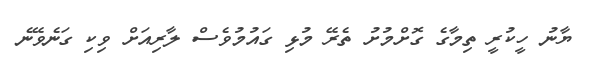
ޔާނު ހީކުރީ ތިމާގެ ގޮށްމުށު ތެރޭ މުޅި ގައުމުވެސް ލާރިއަށް ވިކި ގަނެވޭނެ